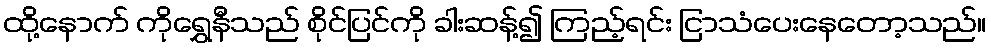
ထို့နောက် ကိုရွှေနီသည် စိုင်ပြင်ကို ခါးဆန့်၍ ကြည့်ရင်း ငြာသံပေးနေတော့သည်။